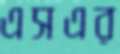
এসএর